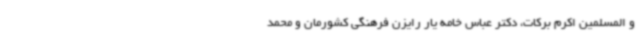
و المسلمین اکرم برکات، دکتر عباس خامه یار رایزن فرهنگی کشورمان و محمد